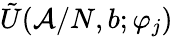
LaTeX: \tilde{U}(\mathcal{A}/N,b;\varphi_{j})